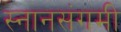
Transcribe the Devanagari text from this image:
स्नानसंगमी